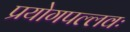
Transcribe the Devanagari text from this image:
प्रयोगपल्लवः